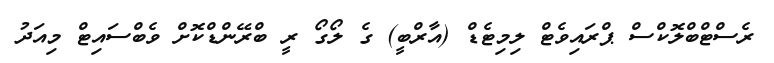
ރެސްޓްބްލޮކްސް ޕްރައިވެޓް ލިމިޓެޑް (އާރްބީ) ގެ ލޯގޯ ރީ ބްރޭންޑްކޮށް ވެބްސައިޓް މިއަދު